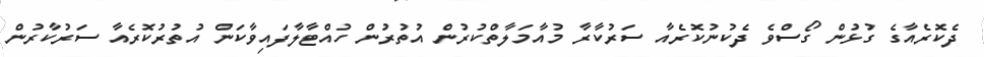
ދެކޮރެއާގެ ގުޅުން ގޯސްވެ ދެކުނުކޮރެއާ ސަރުކާރާ މުއާމަލާތްކުރުން އުތުރުން ހުއްޓާލާފައިވާކަން އުތުރުކޮރެއާ ސަރުކާރުން